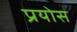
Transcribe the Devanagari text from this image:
प्रयोस